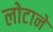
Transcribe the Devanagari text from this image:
लोटाने